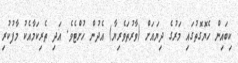
ކިބައިން ހެޔޮގޮތުގައި މަރުގެ ދިޔައަށް (ވާރުތަވެރިޔާ) އެދުން ހުށްޓެވެ. އަދި ތެރިކަމާއެކު މާފުކުރި